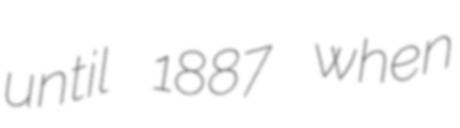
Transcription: until 1887 when